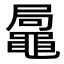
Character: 𪓩